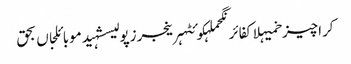
کراچیزخمیہلاکفائرنگحملہکوئٹہرینجرزپولیسشہیدموبائلجاں بحق